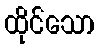
ထိုင်သော